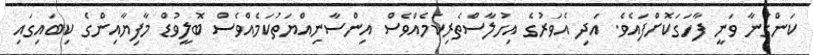
ކަންގަނާ ވަނީ ފާހަގަކޮށްފައެވެ. އަދި އެވަރުގެ އިހުލާސްތެރިކަމެއްވެސް އިންސާނިއްޔަތުކަމެެއްވެސް ބޮލީވުޑް މާފިޔާއިންގެ ކިބައިގައި